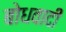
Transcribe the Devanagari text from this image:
बोधवादी